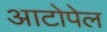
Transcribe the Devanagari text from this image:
आटोपेल